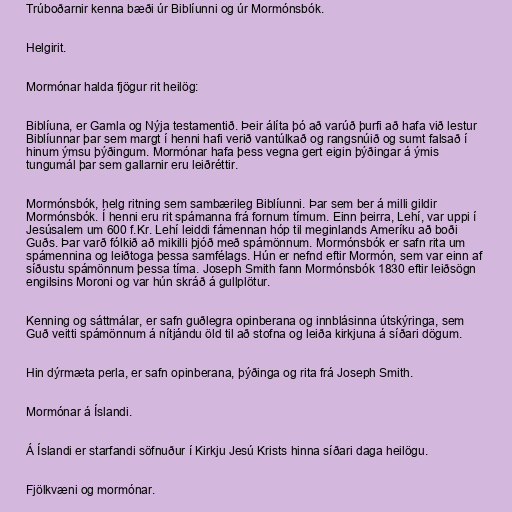
Trúboðarnir kenna bæði úr Biblíunni og úr Mormónsbók.

Helgirit.

Mormónar halda fjögur rit heilög:

Biblíuna, er Gamla og Nýja testamentið. Þeir álíta þó að varúð þurfi að hafa við lestur
Biblíunnar þar sem margt í henni hafi verið vantúlkað og rangsnúið og sumt falsað í
hinum ýmsu þýðingum. Mormónar hafa þess vegna gert eigin þýðingar á ýmis
tungumál þar sem gallarnir eru leiðréttir.

Mormónsbók, helg ritning sem sambærileg Biblíunni. Þar sem ber á milli gildir
Mormónsbók. Í henni eru rit spámanna frá fornum tímum. Einn þeirra, Lehí, var uppi í
Jesúsalem um 600 f.Kr. Lehí leiddi fámennan hóp til meginlands Ameríku að boði
Guðs. Þar varð fólkið að mikilli þjóð með spámönnum. Mormónsbók er safn rita um
spámennina og leiðtoga þessa samfélags. Hún er nefnd eftir Mormón, sem var einn af
síðustu spámönnum þessa tíma. Joseph Smith fann Mormónsbók 1830 eftir leiðsögn
engilsins Moroni og var hún skráð á gullplötur.

Kenning og sáttmálar, er safn guðlegra opinberana og innblásinna útskýringa, sem
Guð veitti spámönnum á nítjándu öld til að stofna og leiða kirkjuna á síðari dögum.

Hin dýrmæta perla, er safn opinberana, þýðinga og rita frá Joseph Smith.

Mormónar á Íslandi.

Á Íslandi er starfandi söfnuður í Kirkju Jesú Krists hinna síðari daga heilögu.

Fjölkvæni og mormónar.